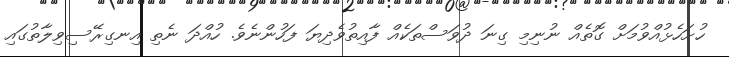
ހުށަހެޅުއްވުމަށް ގޮތެއް ނުނިމި ގިނަ ދުވަސްތަކެއް ފާއިތުވެދިޔަ ފަހުންނެވެ. ހުއްދަ ނެތި އިނގިރޭސިވިލާތުގައި